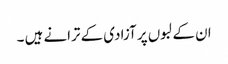
ان کے لبوں پر آزادی کے ترانے ہیں ۔